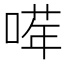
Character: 𠺈